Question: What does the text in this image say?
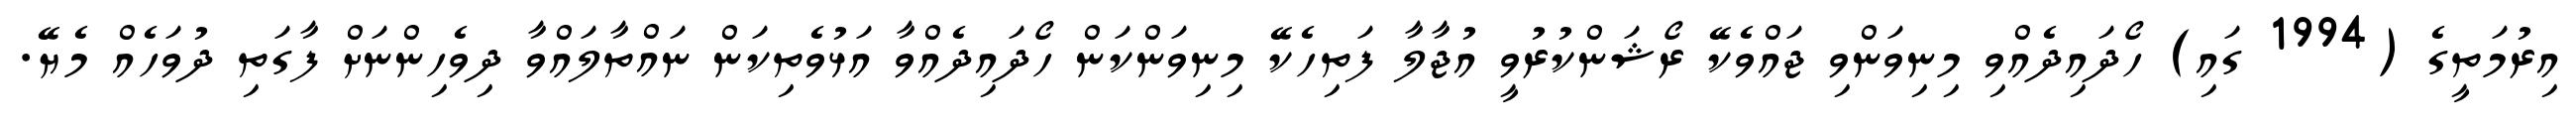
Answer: އިރުމަތީގެ (1994 ގައި) ހޯދައިދެއްވި މިނިވަންވި ޖައްވެކޭ ރޯޝަންކުރުވީ އުޖާލާ ފަތިހެކޭ މިނިވަންކަން ހޯދައިދެއްވާ އަޅުވެތިކަން ނައްތާލައްވާ ދިވެހިންނަށް ފާގަތި ދުވަހެއް މެޔޭ.